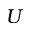
U